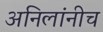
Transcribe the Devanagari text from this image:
अनिलांनीच